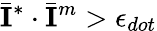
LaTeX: \bar{\mathbf{I}}^{*}\cdot\bar{\mathbf{I}}^{m}>\epsilon_{dot}